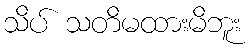
သိပ် သတိမထားမိဘူး